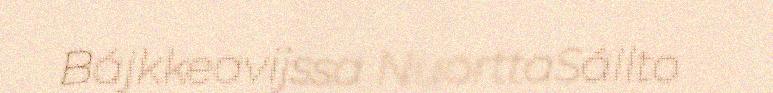
Bájkkeavijssa NuorttaSállto